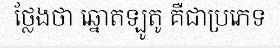
ថ្លែងថា ឆ្នោតឡូតូ គឺជាប្រភេទ